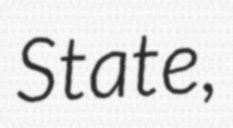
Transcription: State,